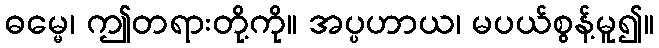
ဓမ္မေ၊ ဤတရားတို့ကို။ အပ္ပဟာယ၊ မပယ်စွန့်မူ၍။